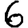
Digit: 6